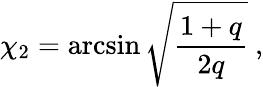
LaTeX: \chi_{2}=\arcsin\sqrt{\frac{1+q}{2q}}\ ,